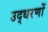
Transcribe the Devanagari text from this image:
उद्‍धरणों